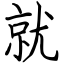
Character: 就